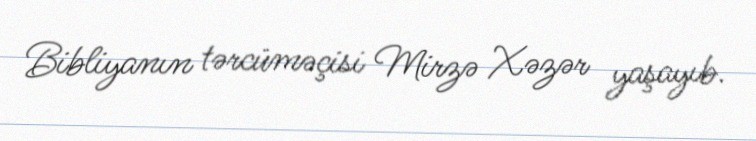
Bibliyanın tərcüməçisi Mirzə Xəzər yaşayıb.